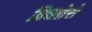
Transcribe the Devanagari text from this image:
त्रिच्लोरो